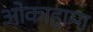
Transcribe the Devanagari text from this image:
ओकाहामा